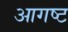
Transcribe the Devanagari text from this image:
आगष्ट